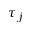
\tau _ { j }